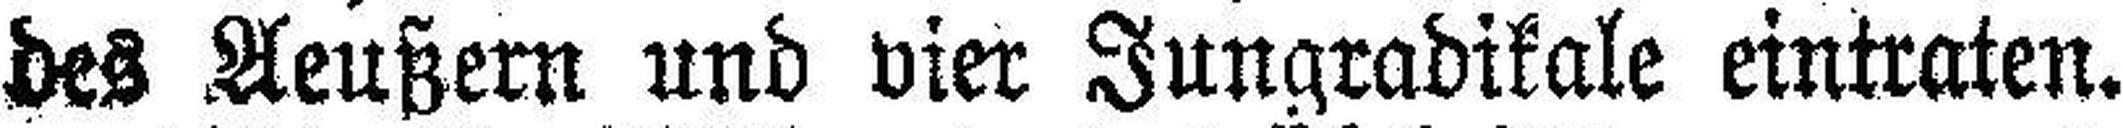
des Aeußern und vier Jungradikale eintraten.